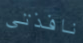
نافذتي